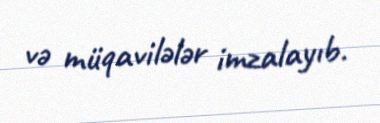
və müqavilələr imzalayıb.